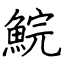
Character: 鯇